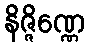
နိဇ္ဇိဏ္ဏေ